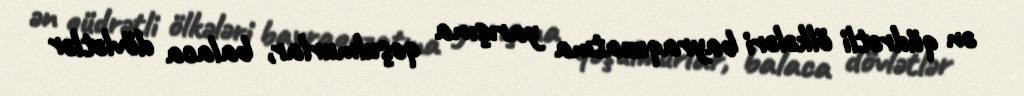
ən qüdrətli ölkələri bayraquzatma yarışına qoşulmurlar, balaca dövlətlər